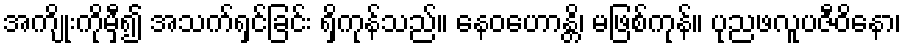
အကျိုးကိုမှီ၍ အသက်ရှင်ခြင်း ရှိကုန်သည်။ နေဝဟောန္တိ၊ မဖြစ်ကုန်။ ပုညဖလူပဇီဝိနော၊